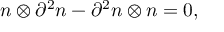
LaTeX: n \otimes \partial ^ { 2 } n - \partial ^ { 2 } n \otimes n = 0 ,